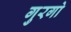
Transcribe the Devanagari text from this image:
गुरगो